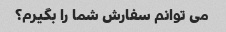
می توانم سفارش شما را بگیرم؟